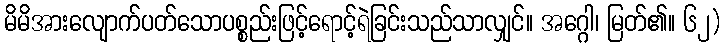
မိမိအားလျောက်ပတ်သောပစ္စည်းဖြင့်ရောင့်ရဲခြင်းသည်သာလျှင်။ အဂ္ဂေါ၊ မြတ်၏။ ၆၂)